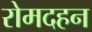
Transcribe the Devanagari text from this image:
रोमदहन